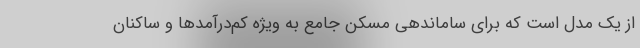
از یک مدل است که برای ساماندهی مسکن جامع به ویژه کم‌درآمدها و ساکنان